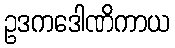
ဥဒကဒေါဏိကာယ